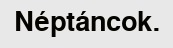
Néptáncok.